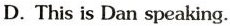
D. This is Dan speaking